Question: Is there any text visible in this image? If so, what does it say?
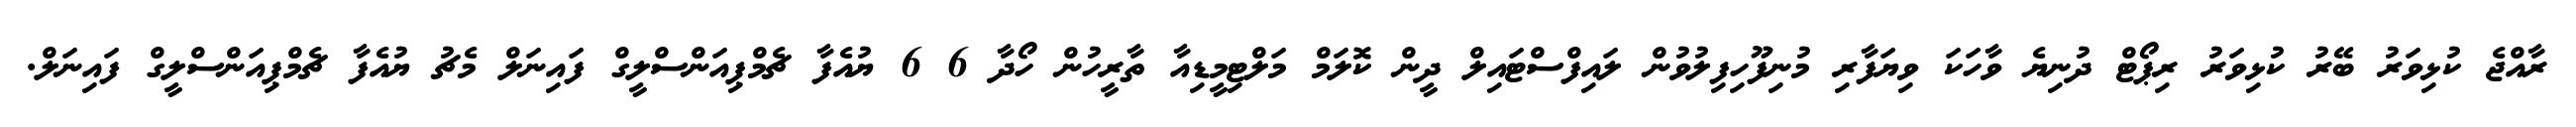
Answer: ރާއްޖެ ކުޅިވަރު ބޭރު ކުޅިވަރު ރިޕޯޓް ދުނިޔެ ވާހަކަ ވިޔަފާރި މުނިފޫހިފިލުވުން ލައިފްސްޓައިލް ދީން ކޮލަމް މަލްޓިމީޑިއާ ތާރީހުން ހޯދާ 6 6 ޔުއެފާ ޗެމްޕިއަންސްލީގް ފައިނަލް މެޗު ޔުއެފާ ޗެމްޕިއަންސްލީގް ފައިނަލް.